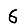
Digit: 6